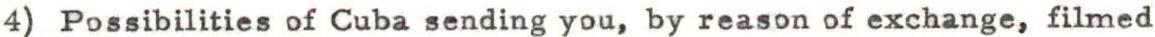
4) Possibilities of Cuba sending you, by reason of exchange, filmed